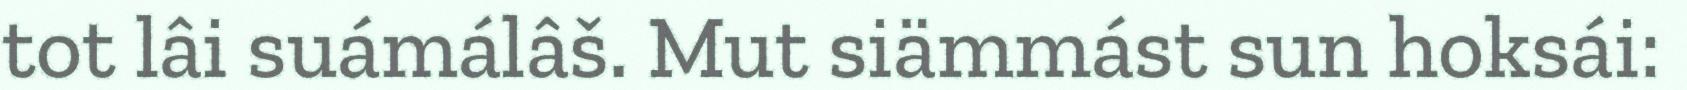
tot lâi suámálâš. Mut siämmást sun hoksái: